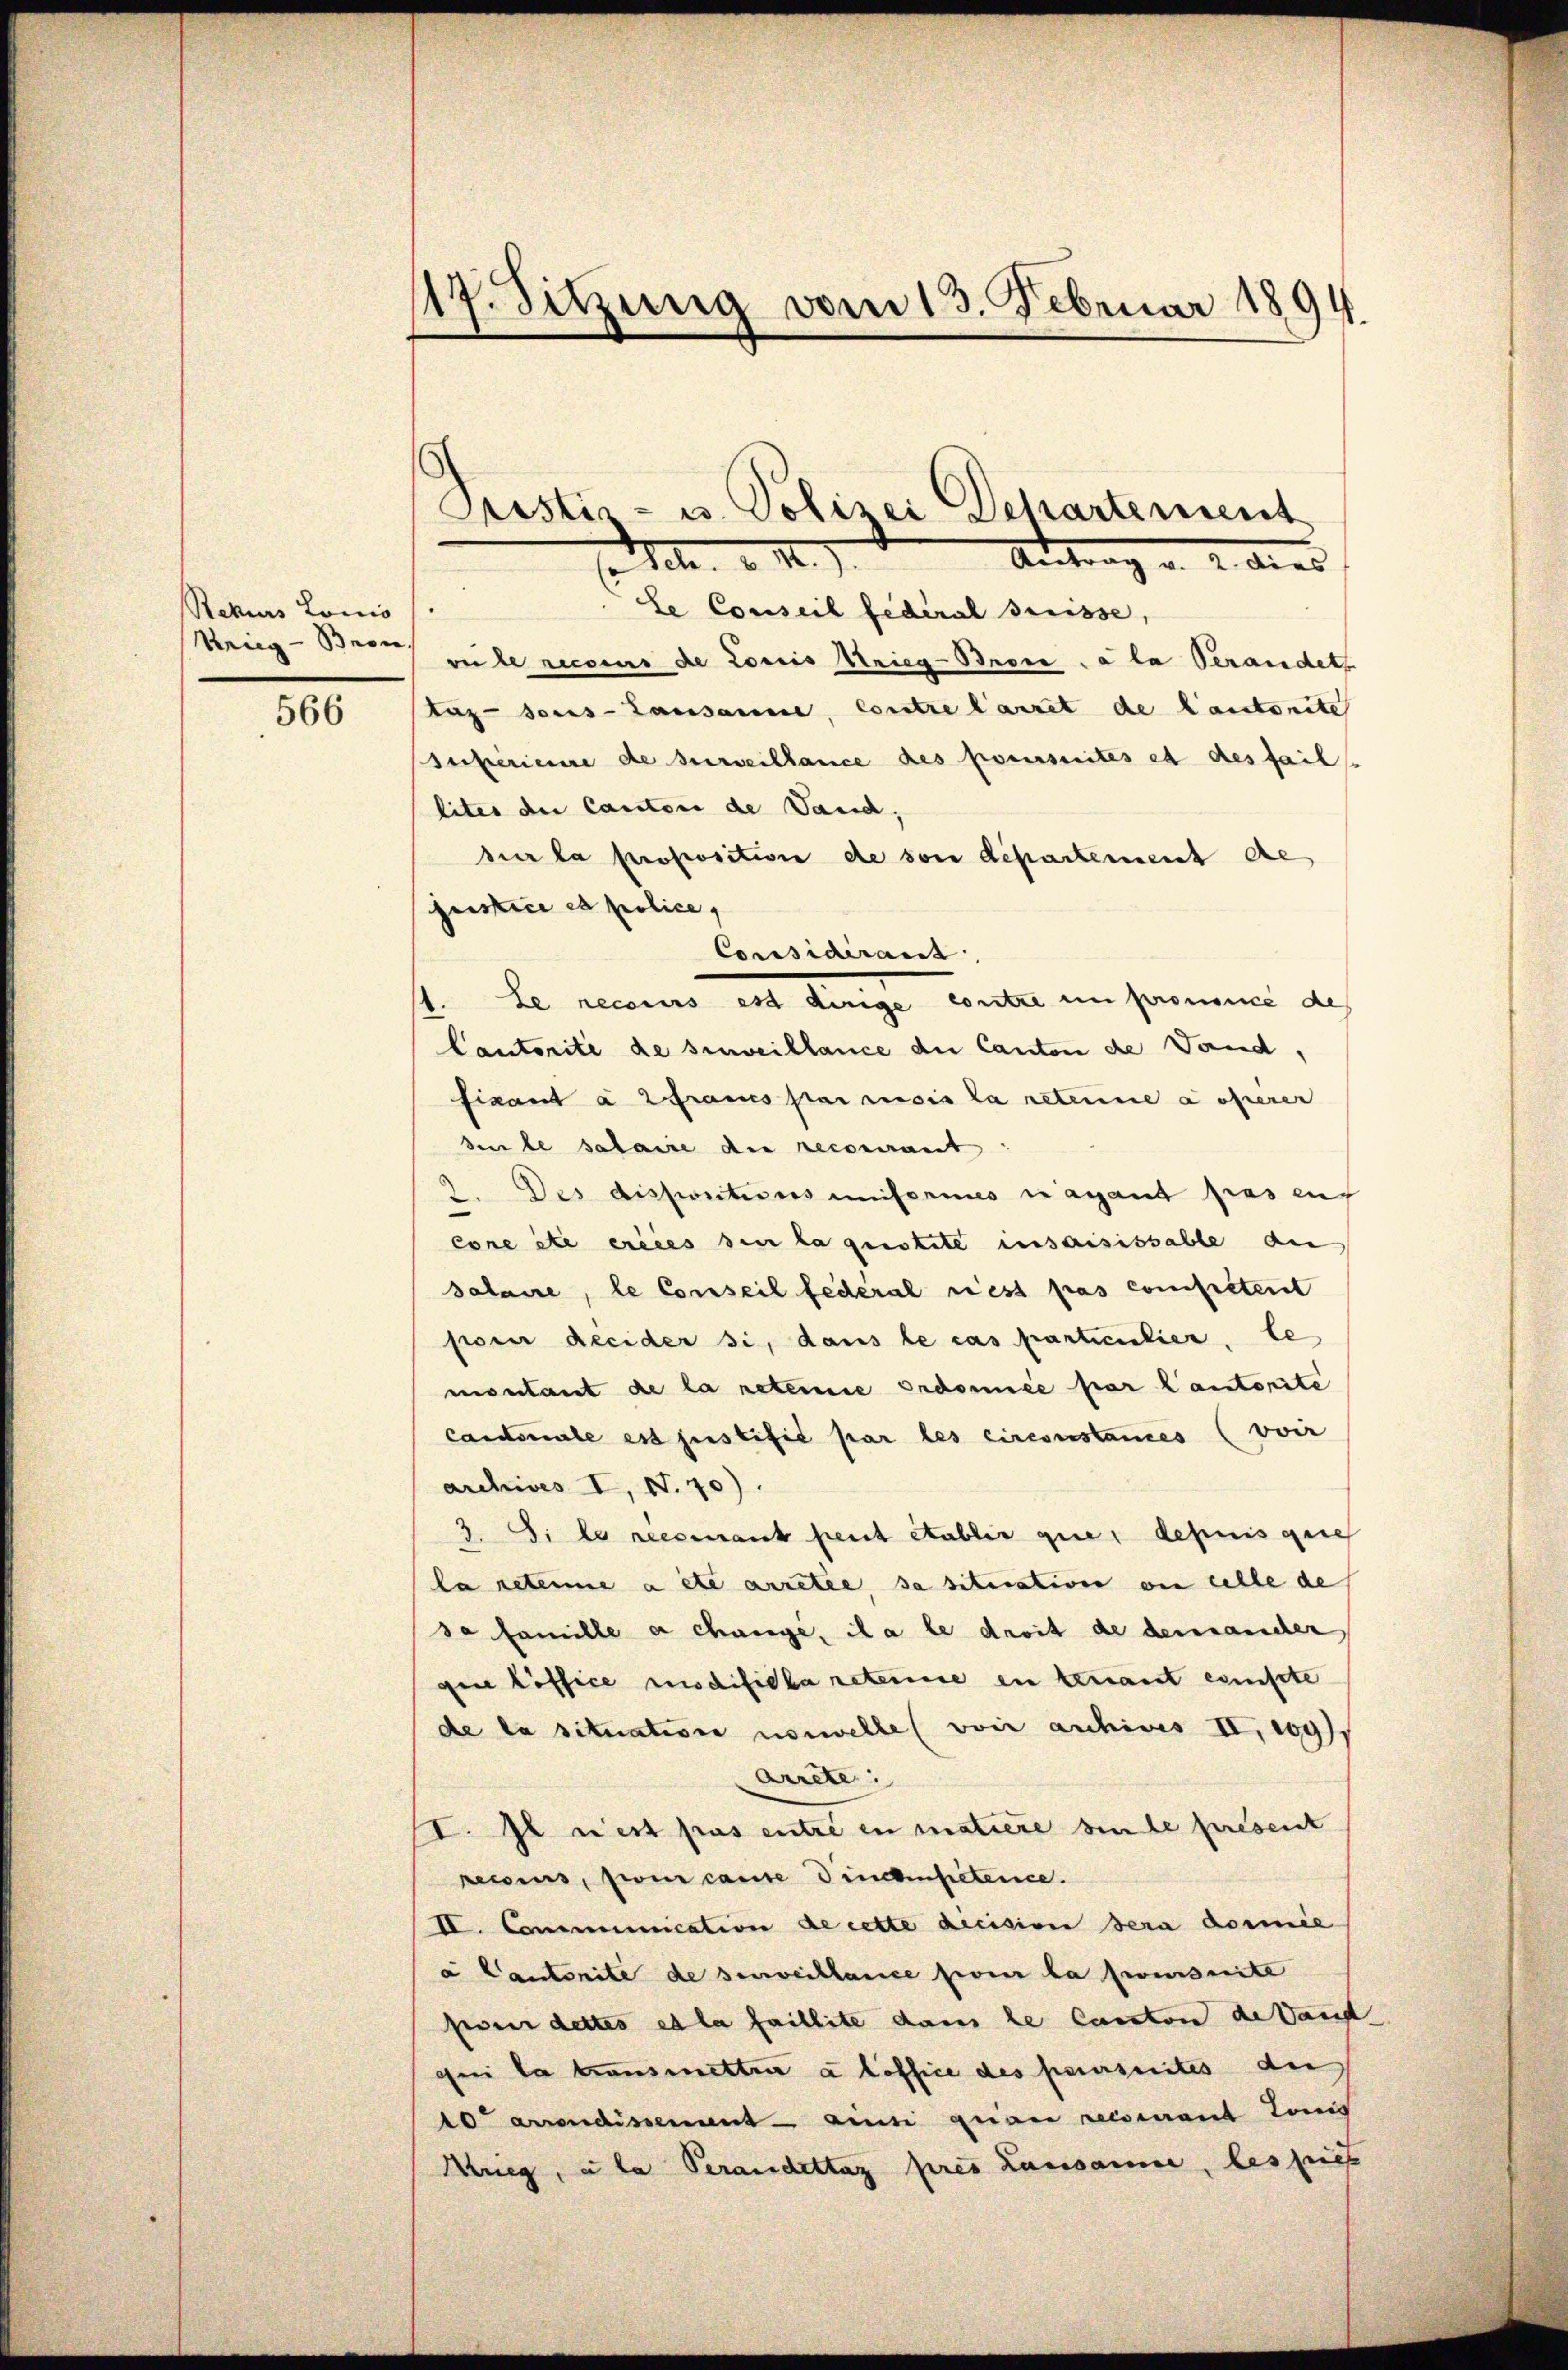
Rekurs Louis
Krieg - Bron

566

117. Sitzung vom 13. Februar 1894.

Pristis- u. Polizei Departement
Mt. d. M. d. d. Antrag u. 2. dies

Le Conseil fédéral Grüsse,
veile recsens de Louis Krieg-Brere a la verandels
tag- sons-Lausanne, contre langet de lautorite
Superienne de surveillance des Konseites et des fail
lites der Canton de Vaud,
sur la proposition de von departement de
fristice es police,
Considérant
1. Le recours est dirige contre in promice de
Cautorité de sinveillance du Canton de Vand,
fisant à 2 Fraues par resis la retene a ohnerer
se le sataire die recourant
2. Des dispositions uniformes ragant fras auf
core etc ereies sei la questete insaisissable an
salaire, le Conseil federal riest pas competent
poser decider si, dans le cas particulier, le
montant de la retene Ordonnée par lautorite
candole es justifié par les circonstances (voir
archives I, S. 70).
3. Si le reecmant peut etablir que definis gere
la retene acte ansetze, da situation von celle de
se famille a change, il a le droit de demander
gin office modifidla reterne en tenant existe
de la situation norwelle (voir anhines II. 109
Arrete:
II. Il nest pas entre in matiere hinte present
recours, si cante Findenpetence.
II. Communication de cette decision sera dormie
a Cantonite de senweiblance sein la foursuite
feren dettes et la faillite dans le Canton de kant
ni la transmitter a loffice des poursuites de
10 arrondissement ainsi quam reisenant Lenig
Krieg, a la Verandettag pres Lausanne, les pies